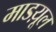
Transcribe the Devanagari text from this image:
माडय़ूल